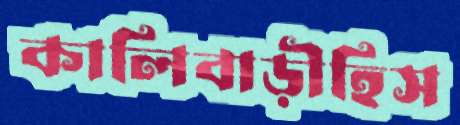
কালিবাড়ীহিস